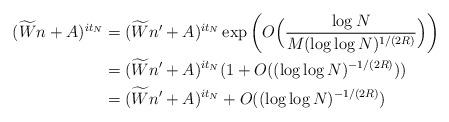
LaTeX: \begin{align*} (\widetilde W n+ A )^{it_N} &= (\widetilde W n'+ A )^{it_N} \exp\bigg( O\Big( \frac{\log N}{M(\log \log N)^{1/(2R)}} \Big)\bigg) \\ &= (\widetilde W n'+ A )^{it_N} (1 + O((\log \log N)^{-1/(2R)})) \\ &= (\widetilde W n'+ A )^{it_N} + O((\log\log N)^{-1/(2R)})\end{align*}